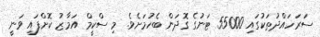
ސަރަހައްދުތަކުގައި 55000 ޓަނުގެ ގޮދަން ބެހުމަށެވެ. މި ސްކީމް އަމާޒު ކޮށްފައި ވަނީ